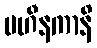
ပဟီနကာနိ